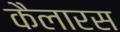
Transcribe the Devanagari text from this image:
कैलारस